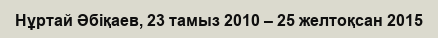
Нұртай Әбіқаев, 23 тамыз 2010 – 25 желтоқсан 2015